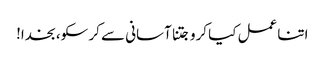
اتنا عمل کیا کرو جتنا آسانی سے کر سکو، بخدا!